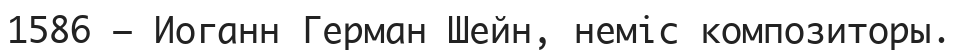
1586 — Иоганн Герман Шейн, неміс композиторы.